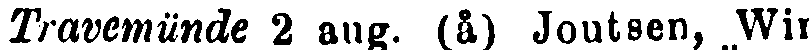
Travemünde 2 aug. (å) Joutsen, Win